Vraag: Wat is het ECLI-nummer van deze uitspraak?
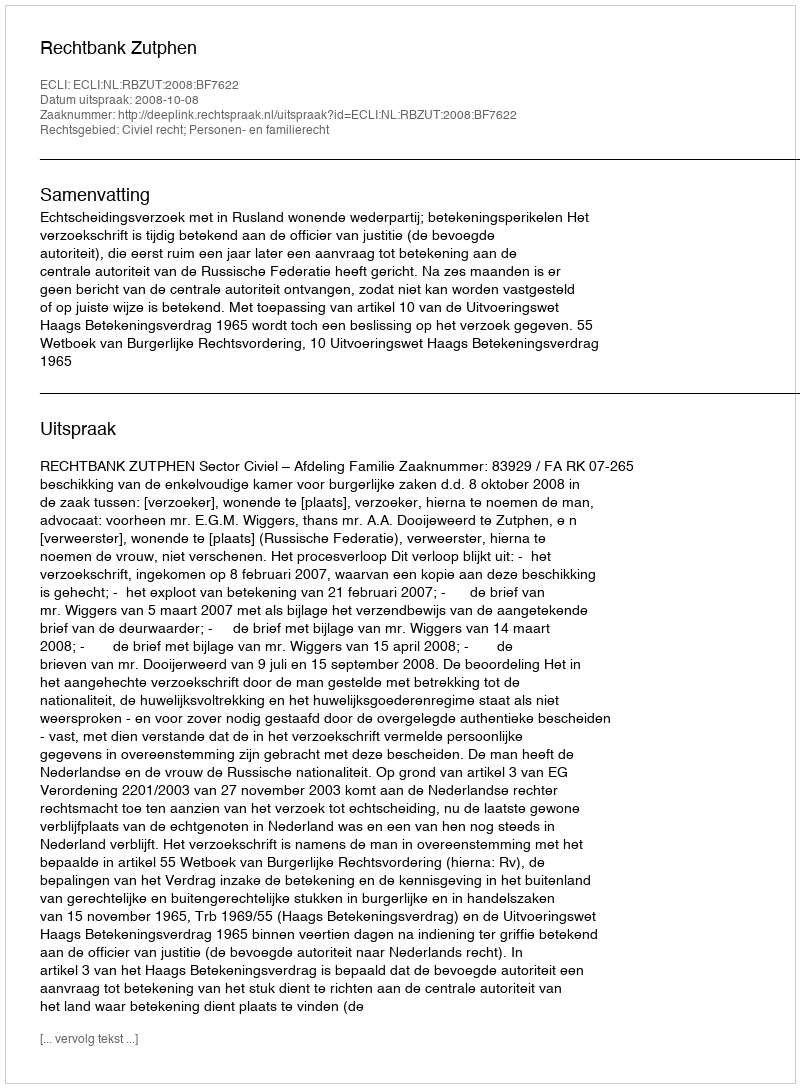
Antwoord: ECLI:NL:RBZUT:2008:BF7622